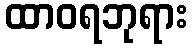
ထာဝရဘုရား